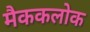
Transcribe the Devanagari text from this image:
मैककलोक